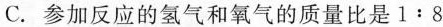
C.参加反应的氢气和氧气的质量比是1﹔8